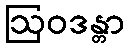
ဩဝဒန္တာ